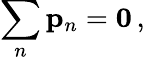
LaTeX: \sum_{n}\mathbf{p}_{n}={\boldsymbol{0}}\, ,